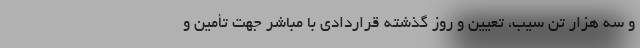
و سه هزار تن سیب، تعیین و روز گذشته قراردادی با مباشر جهت تأمین و